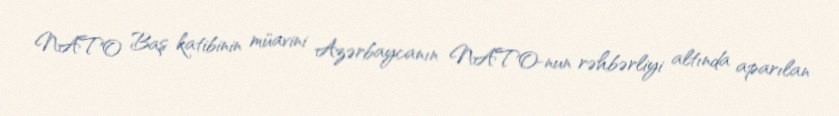
NATO Baş katibinin müavini Azərbaycanın NATO-nun rəhbərliyi altında aparılan